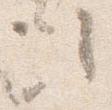
次